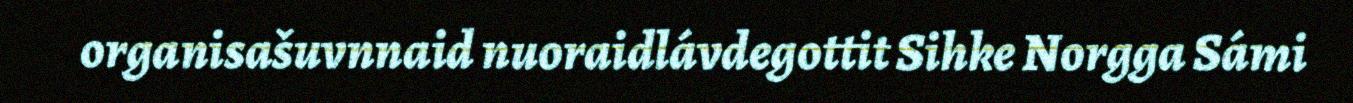
organisašuvnnaid nuoraidlávdegottit Sihke Norgga Sámi